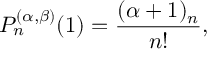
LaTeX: P _ { n } ^ { ( \alpha , \beta ) } ( 1 ) = \frac { ( \alpha + 1 ) _ { n } } { n ! } ,